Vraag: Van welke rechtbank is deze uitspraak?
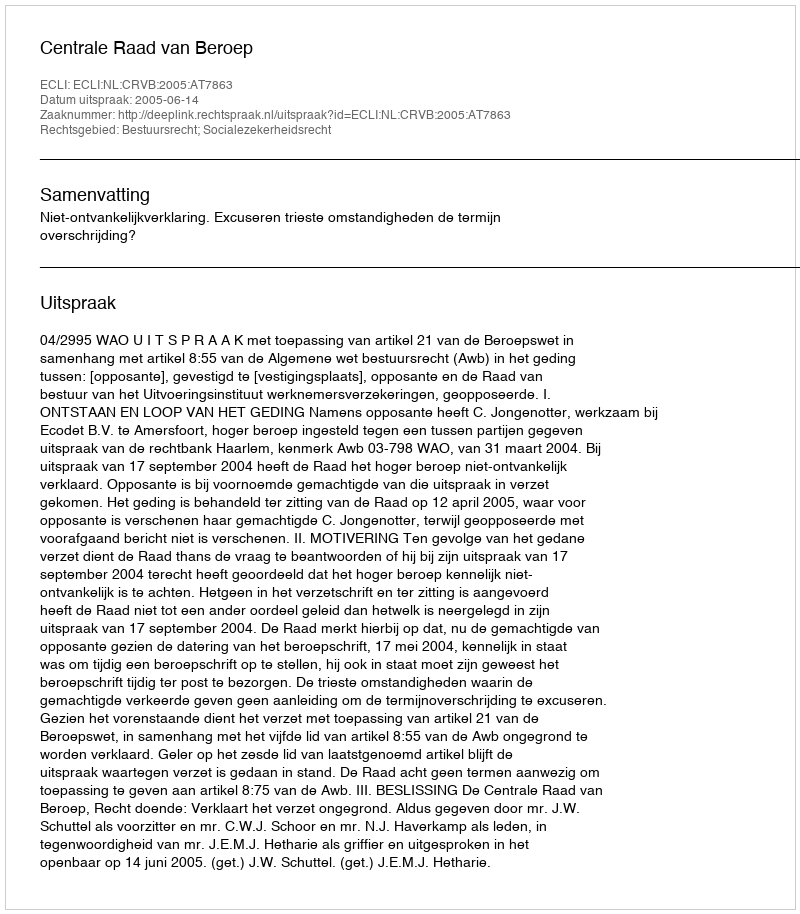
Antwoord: Centrale Raad van Beroep